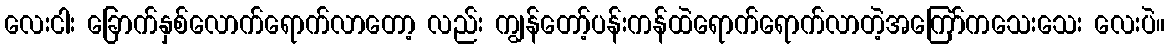
လေးငါး ခြောက်နှစ်လောက်ရောက်လာတော့ လည်း ကျွန်တော့်ပန်းကန်ထဲရောက်ရောက်လာတဲ့အကြော်ကသေးသေး လေးပဲ။